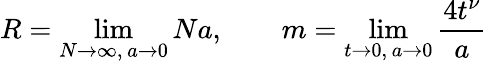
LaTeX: R=\operatorname*{lim}_{N\to\infty,\, a\to 0}Na,\qquad m=\operatorname*{lim}_{t\to 0,\, a\to 0}\frac{4t^{\nu}}{a}